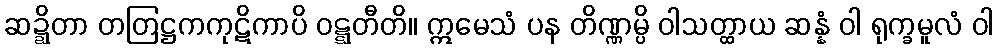
ဆဍ္ဍိတာ တတြဋ္ဌကကုဋိကာပိ ဝဋ္ဋတီတိ။ ဣမေသံ ပန တိဏ္ဏမ္ပိ ဝါသတ္ထာယ ဆန္နံ ဝါ ရုက္ခမူလံ ဝါ